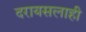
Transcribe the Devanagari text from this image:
दरायसलाही